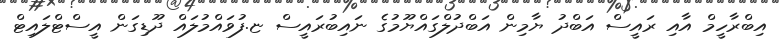
އިބްރާހީމް އާއި ރައީސް އަބްދު ޔާމިން އަބްދުލްގައްޔޫމުގެ ނައިބުރައީސް ޏ.ފުވައްމުލައް ދޫޑިގަން އީސްޓްލައިޓް